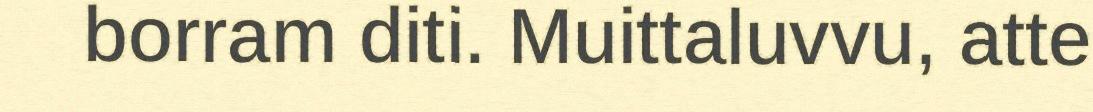
borram diti. Muittaluvvu, atte